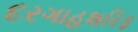
દરગાહશરિફ